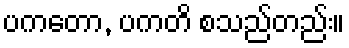
ပကတော, ပကတိ စသည်တည်း။